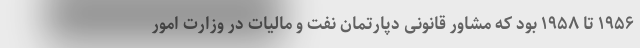
۱۹۵۶ تا ۱۹۵۸ بود که مشاور قانونی دپارتمان نفت و مالیات در وزارت امور